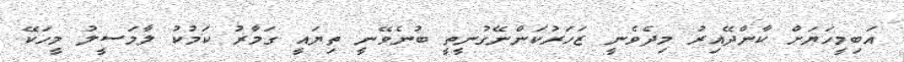
އަބިމީހަޔަށް ކާންދޭއިރު މިދެވެނީ ޒަހަރުކަންނޭގުނީތީ ބުނެވޭނީ ތިޔައީ ގަމާރު ކަމުކު ލާމަސީލު މީހަކޭ